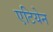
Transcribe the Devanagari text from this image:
एटियेन